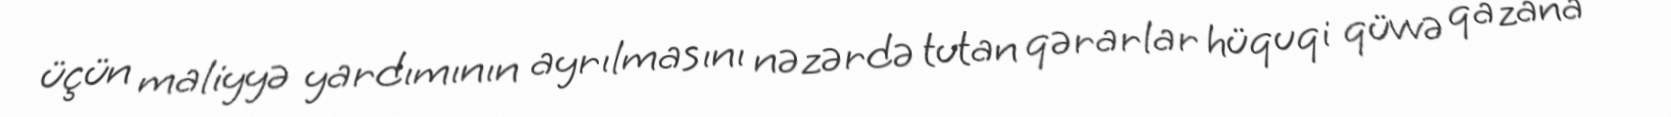
üçün maliyyə yardımının ayrılmasını nəzərdə tutan qərarlar hüquqi qüvvə qazana